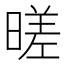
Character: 暛